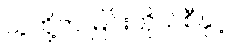
သူတို့က မြင်းကိုယ်စီနှင့်။